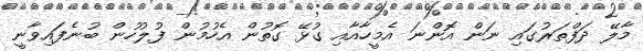
މާލޭ ދަފްތަރުގައި ނަން އޮންނަ އެމީހާއާއި ގުޅޭ ގޮތުން އެހުމުން ފުލުހުން ބުނެފައިވާނީ